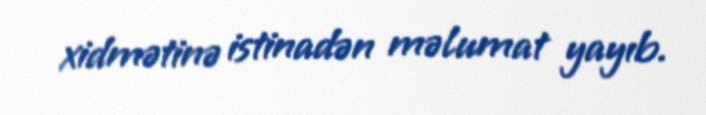
xidmətinə istinadən məlumat yayıb.